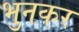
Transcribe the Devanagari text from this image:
भुनकर